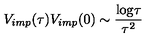
V _ { i m p } ( \tau ) V _ { i m p } ( 0 ) \sim { \frac { \mathrm { l o g } \tau } { \tau ^ { 2 } } }